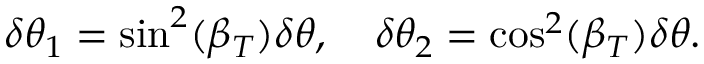
\delta \theta _ { 1 } = \sin ^ { 2 } ( \beta _ { T } ) \delta \theta , \quad \delta \theta _ { 2 } = \cos ^ { 2 } ( \beta _ { T } ) \delta \theta .